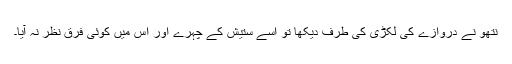
نتھو نے دروازے کی لکڑی کی طرف دیکھا تو اسے ستیش کے چہرے اور اس میں کوئی فرق نظر نہ آیا۔